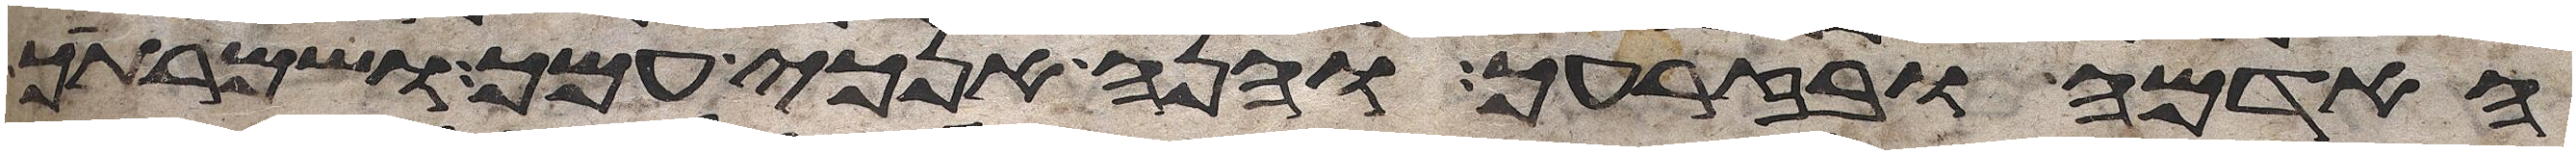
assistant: האדמה ובזרעך והנה אנכי עמך ושמרתיך